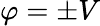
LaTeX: \varphi=\pm V